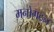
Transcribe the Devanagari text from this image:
मनोगठन